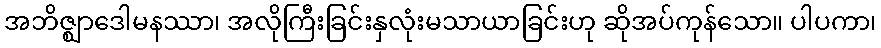
အဘိဇ္ဈာဒေါမနဿာ၊ အလိုကြီးခြင်းနှလုံးမသာယာခြင်းဟု ဆိုအပ်ကုန်သော။ ပါပကာ၊